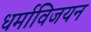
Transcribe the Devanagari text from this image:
धर्माविजयन